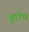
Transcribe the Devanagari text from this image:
बुरोघ